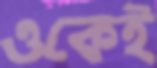
ওকেই